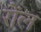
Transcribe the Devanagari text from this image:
रोंल